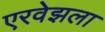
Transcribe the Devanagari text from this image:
एरवेझला